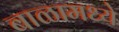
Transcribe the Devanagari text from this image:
बाळामध्ये